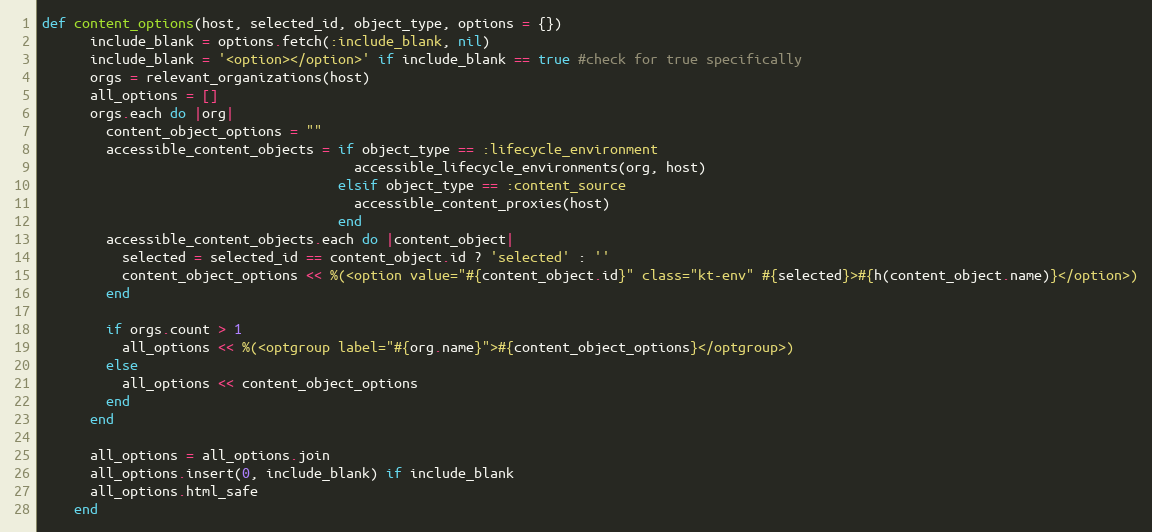
Language: Ruby
def content_options(host, selected_id, object_type, options = {})
      include_blank = options.fetch(:include_blank, nil)
      include_blank = '<option></option>' if include_blank == true #check for true specifically
      orgs = relevant_organizations(host)
      all_options = []
      orgs.each do |org|
        content_object_options = ""
        accessible_content_objects = if object_type == :lifecycle_environment
                                       accessible_lifecycle_environments(org, host)
                                     elsif object_type == :content_source
                                       accessible_content_proxies(host)
                                     end
        accessible_content_objects.each do |content_object|
          selected = selected_id == content_object.id ? 'selected' : ''
          content_object_options << %(<option value="#{content_object.id}" class="kt-env" #{selected}>#{h(content_object.name)}</option>)
        end

        if orgs.count > 1
          all_options << %(<optgroup label="#{org.name}">#{content_object_options}</optgroup>)
        else
          all_options << content_object_options
        end
      end

      all_options = all_options.join
      all_options.insert(0, include_blank) if include_blank
      all_options.html_safe
    end